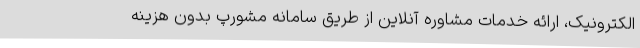
الکترونیک، ارائه خدمات مشاوره آنلاین از طریق سامانه مشورپ بدون هزینه